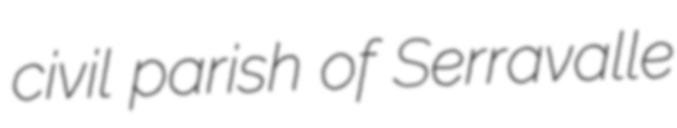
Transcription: civil parish of Serravalle